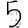
Digit: 5